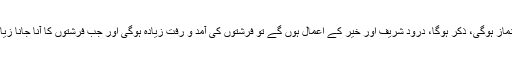
لیکن اس کا ایک پہلو یہ بھی ہے کہ گھر میں نماز ہوگی، ذکر ہوگا، درود شریف اور خیر کے اعمال ہوں گے تو فرشتوں کی آمد و رفت زیادہ ہوگی اور جب فرشتوں کا آنا جانا زیادہ ہوگا تو رحمتوں اور برکتوں کا ماحول ہوگا۔